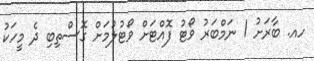
ހއ. ބާރަށު 1 ނަމްބަރު ވޯޓު ފޮއްޓަށް ވޯޓުލުމަށް ގޮސްތިބި ދެ މީހަކު